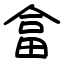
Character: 畣